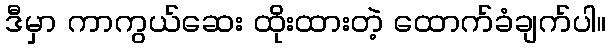
ဒီမှာ ကာကွယ်ဆေး ထိုးထားတဲ့ ထောက်ခံချက်ပါ။